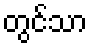
တွင်သာ